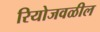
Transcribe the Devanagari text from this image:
रियोजवळील